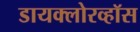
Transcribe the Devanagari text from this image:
डायक्लोरव्हॉस